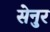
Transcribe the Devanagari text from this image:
सेनुर